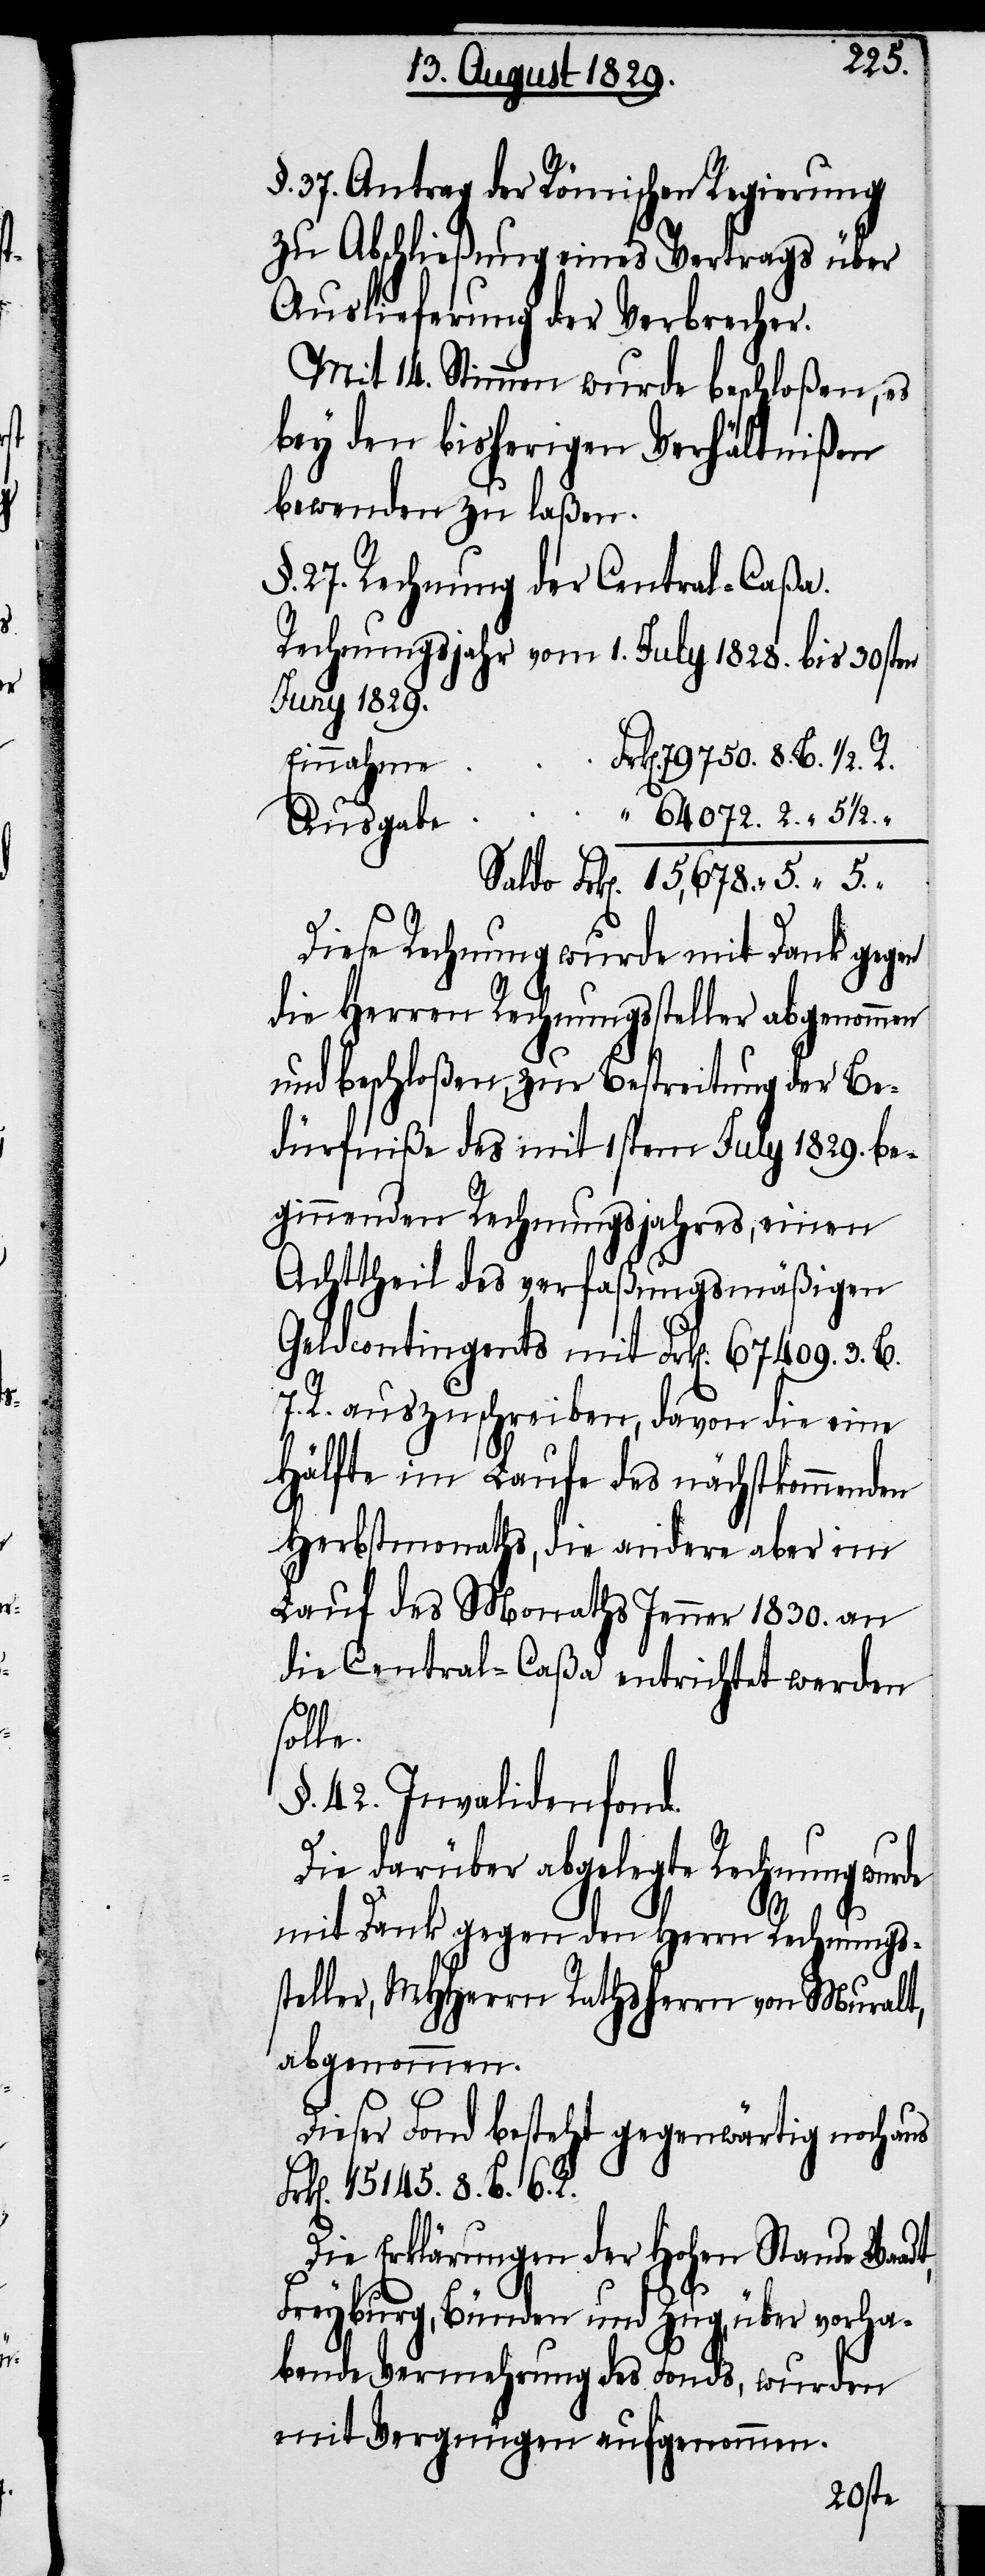
§. 37. Antrag der Römischen Regierung
zu Abschließung eines Vertrags über
Auslieferung der Verbrecher.
Mit 14. Stimmen wurde beschloßen, es
bey den bisherigen Verhältnißen
bewenden zu laßen.
§. 27. Rechnung der Central-Caßa.
Rechnungsjahr vom 1. July 1828. bis 30sten
Juny 1829.
79750. 8. B. ½. R.
“
“ 64072. 2. “ 5½.
Saldo Frk[en].15,678. 5. “ 5.
Diese Rechnung wurde mit Dank gegen
die Herren Rechnungssteller abgenommen
und beschloßen, zur Bestreitung der Be¬
dürfniße des mit 1stem July 1829. be¬
ginnenden Rechungsjahres, einen
Achttheil des verfaßungsmäßigen
Geldcontingents mit Frk[en]. 67409. 3. B.
7. R. auszuschreiben, davon die eine
Hälfte im Laufe des nächstkommenden
Herbstmonaths, die andere aber im
Lauf des Monaths Jenner 1830. an
die Central-Caßa entrichtet werden
solle.
§. 42. Invalidenfond.
Die darüber abgelegte Rechnung wurde
mit dank gegen den Herrn Rechnungs¬
steller, MHHerrn Rathsherrn von Muralt,
abgenommen.
Dieser Fond besteht gegenwärtig noch aus
15145. 8. B. 6. R.
Die Erklärungen der Hohen St[ä]nde
Freyburg, Bünden und Zug, über vorha¬
bende Vermehrung des Fonds, wurden
mit Vergnügen aufgenommen.